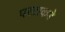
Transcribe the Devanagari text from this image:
परटाकडे